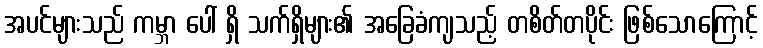
အပင်များသည် ကမ္ဘာ ပေါ် ရှိ သက်ရှိများ၏ အခြေခံကျသည့် တစိတ်တပိုင်း ဖြစ်သောကြောင့်